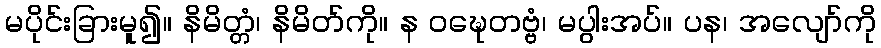
မပိုင်းခြားမူ၍။ နိမိတ္တံ၊ နိမိတ်ကို။ န ဝဍ္ဎေတဗ္ဗံ၊ မပွါးအပ်။ ပန၊ အလျော်ကို